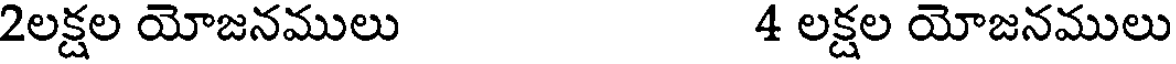
2లక్షల యోజనములు 4 లక్షల యోజనములు